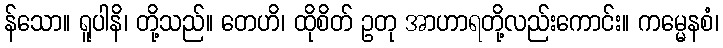
န်သော။ ရူပါနိ၊ တို့သည်။ တေဟိ၊ ထိုစိတ် ဥတု အာဟာရတို့လည်းကောင်း။ ကမ္မေနစံ၊